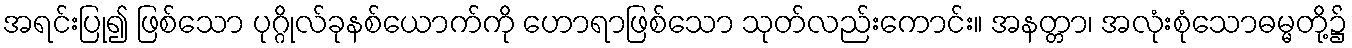
အရင်းပြု၍ ဖြစ်သော ပုဂ္ဂိုလ်ခုနစ်ယောက်ကို ဟောရာဖြစ်သော သုတ်လည်းကောင်း။ အနတ္တာ၊ အလုံးစုံသောဓမ္မတို့၌